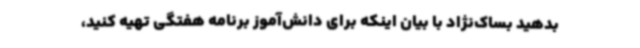
بدهید بساک‌نژاد با بیان اینکه برای دانش‌آموز برنامه هفتگی تهیه کنید،